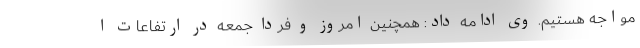
مواجه هستیم. وی ادامه داد: همچنین امروز و فردا جمعه در ارتفاعات ا